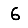
Digit: 6